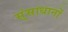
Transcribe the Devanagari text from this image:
स्ंसाधानों